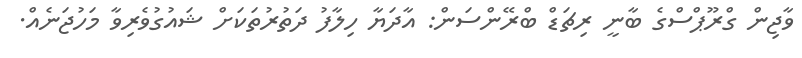
ވާޖިން ގްރޫޕްސްގެ ބާނީ ރިޗަޑް ބްރޭންސަން: އާދަޔާ ހިލާފު ދަތުރުތަކަށް ޝައުގުވެރިވާ މަހުޖަނެއް.